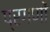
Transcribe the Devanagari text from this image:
प्रगणों